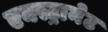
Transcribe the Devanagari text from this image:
एक्स्ट्रानेट